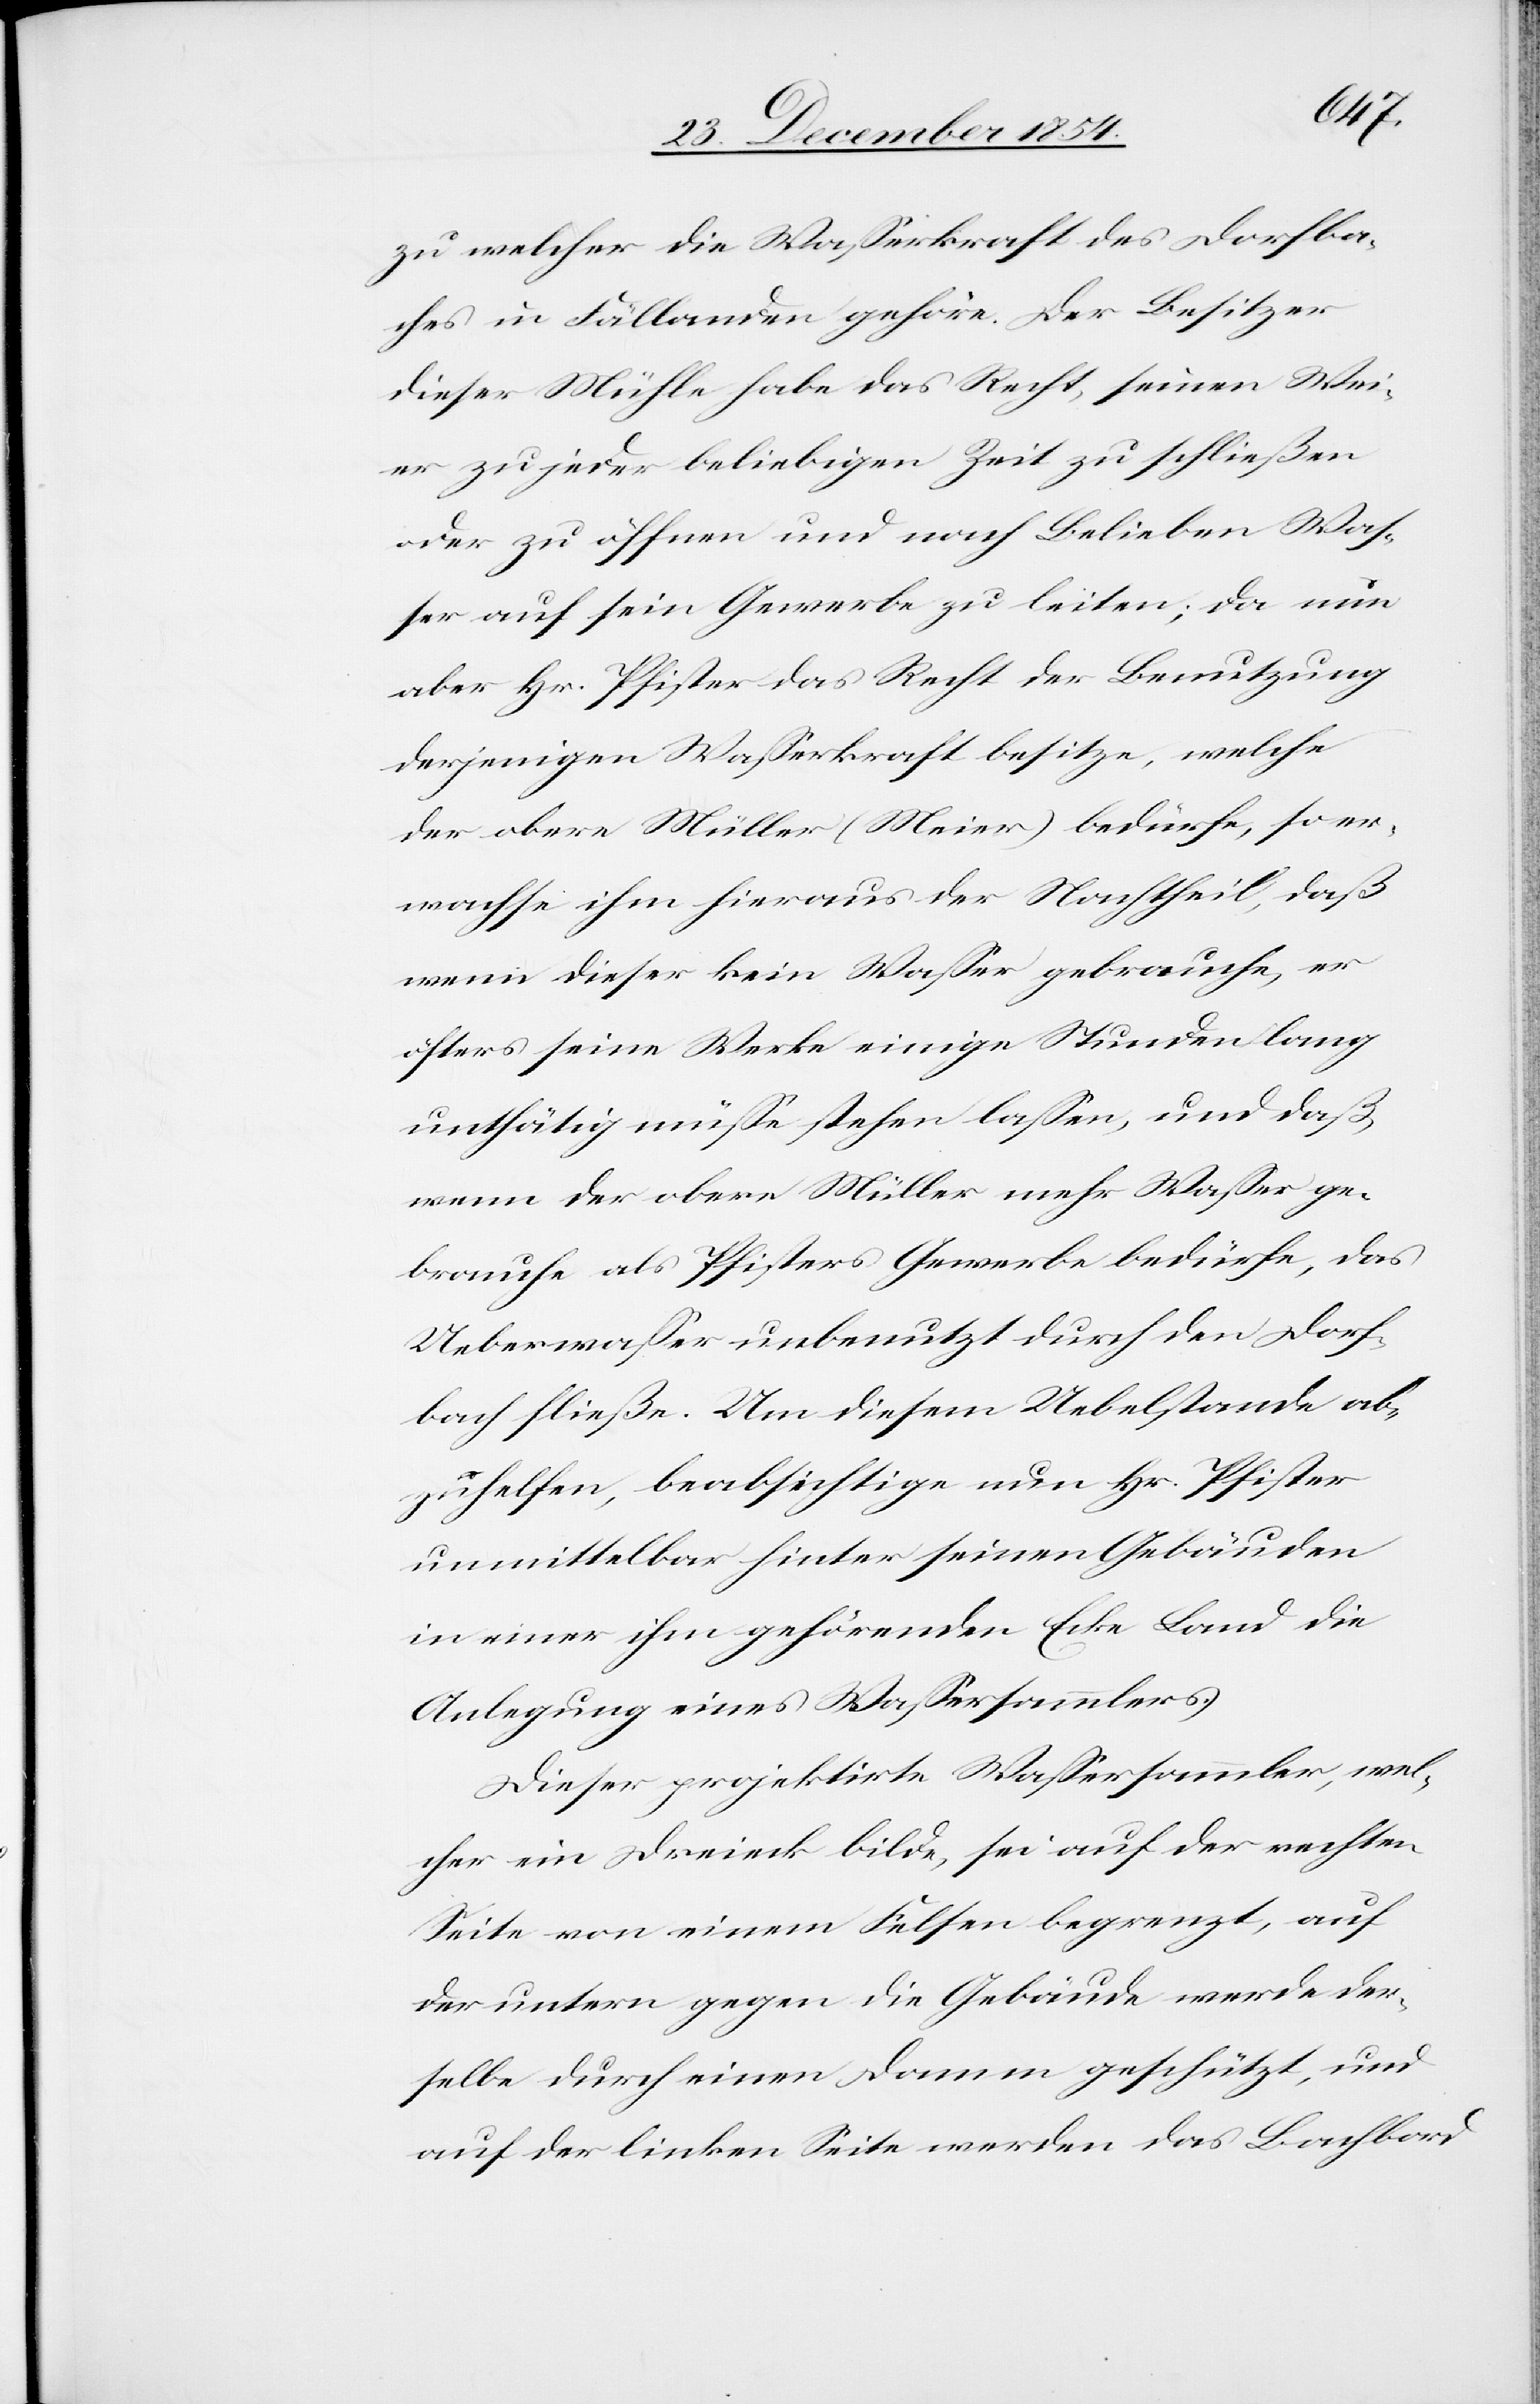
zu welcher die Waßerkraft des Dorfba¬
ches in Fällanden gehöre. Der Besitzer
dieser Mühle habe das Recht, seinen Wei¬
er zu jeder beliebigen Zeit zu schließen
oder zu öffnen und nach Belieben Waß¬
er auf sein Gewerbe zu leiten; da nun
aber Hr. Pfister das Recht der Benutzung
derjenigen Waßerkraft besitze, welche
der obere Müller (Meier) bedürfe, so er¬
wachse ihm hieraus der Nachtheil, daß
wenn dieser kein Waßer gebrauche, er
öfters seine Werke einige Stunden lang
unthätig müße stehen laßen, und daß
wenn der obere Müller mehr Waßer ge¬
brauche als Pfisters Gewerbe bedürfe, das
Ueberwaßer unbenutzt durch den Dorf¬
bach fließe. Um diesem Uebelstand ab¬
zuhelfen, beabsichtige nun Hr. Pfister
unmittelbar hinter seinen Gebäuden
in einer ihm gehörenden Ecke Land die
Anlegung eines Waßersammlers.
Dieser projektirte Waßersammler, wel¬
cher ein Dreieck bilde, sei auf der rechten
Seite von einem Felsen begrenzt, auf
der untern gegen die Gebäude werde der¬
selbe durch einen Damm geschützt, und
auf der linken Seite werden das Bachbord